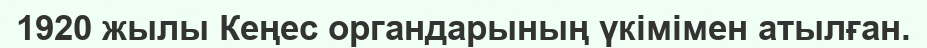
1920 жылы Кеңес органдарының үкімімен атылған.